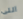
اللى